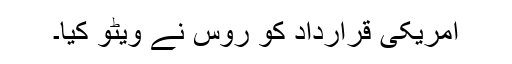
امریکی قرارداد کو روس نے ویٹو کیا۔